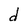
Character: d